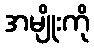
အမျိုးကို